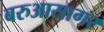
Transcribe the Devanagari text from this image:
बरुआसागर